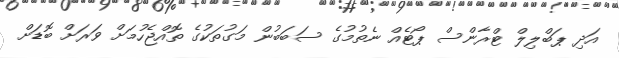
އަދި ޕަބްލިލް ޓްރާންސް ޕޯޓެއް ނެތުމުގެ ސަބަބުން މަގުތަކުގެ ތޮއްޖެހުމަށް ވަރަށް ބޮޑަށް